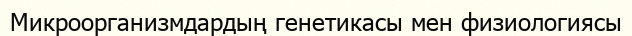
Микроорганизмдардың генетикасы мен физиологиясы